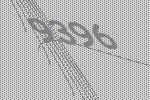
9396